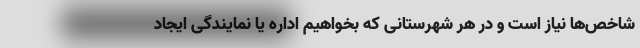
شاخص‌ها نیاز است و در هر شهرستانی که بخواهیم اداره یا نمایندگی ایجاد